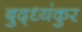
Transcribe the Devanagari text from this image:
बुद्ध्यंकुर